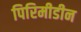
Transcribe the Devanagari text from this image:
पिरिमीडीन